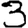
Digit: 3